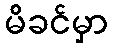
မိခင်မှာ